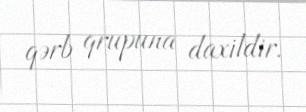
qərb qrupuna daxildir.